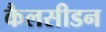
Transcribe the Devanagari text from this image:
कैलसीडन